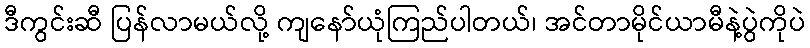
ဒီကွင်းဆီ ပြန်လာမယ်လို့ ကျနော်ယုံကြည်ပါတယ်၊ အင်တာမိုင်ယာမီနဲ့ပွဲကိုပဲ